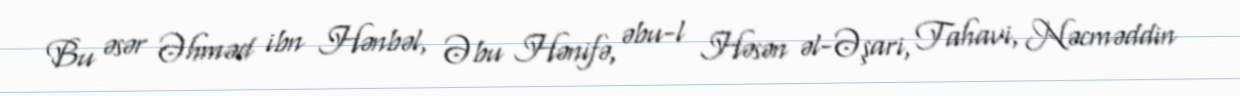
Bu əsər Əhməd ibn Hənbəl, Əbu Hənifə, əbu-l Həsən əl-Əşari, Tahavi, Nəcməddin